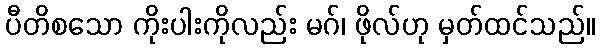
ပီတိစသော ကိုးပါးကိုလည်း မဂ်၊ ဖိုလ်ဟု မှတ်ထင်သည်။